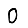
Digit: 0